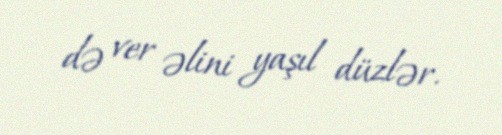
də ver əlini yaşıl düzlər.